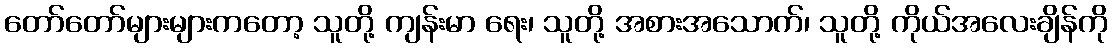
တော်တော်များများကတော့ သူတို့ ကျန်းမာ ရေး၊ သူတို့ အစားအသောက်၊ သူတို့ ကိုယ်အလေးချိန်ကို